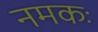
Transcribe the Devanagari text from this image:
नमकः